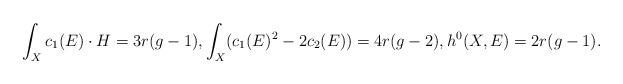
LaTeX: \begin{align*}\int_X c_1(E) \cdot H = 3 r (g - 1),\int_X (c_1(E)^2 - 2 c_2(E)) = 4r(g - 2),h^0(X, E) = 2 r (g - 1).\end{align*}